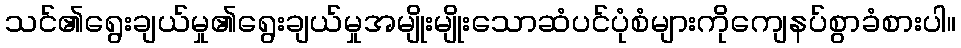
သင်၏ရွေးချယ်မှု၏ရွေးချယ်မှုအမျိုးမျိုးသောဆံပင်ပုံစံများကိုကျေနပ်စွာခံစားပါ။